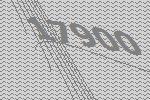
17900